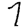
Digit: 7